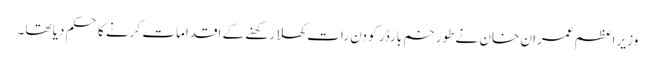
وزیرِ اعظم عمران خان نے طورخم بارڈر کو دن رات کھلا رکھنے کے اقدامات کرنے کا حکم دیا تھا۔